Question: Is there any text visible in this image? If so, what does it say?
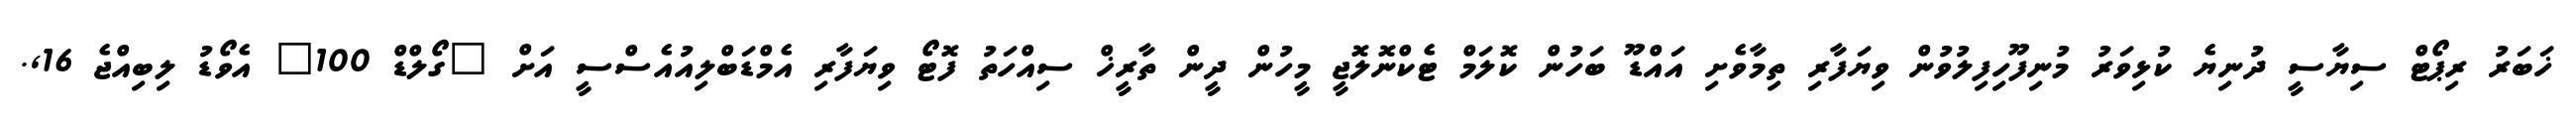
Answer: ޚަބަރު ރިޕޯޓް ސިޔާސީ ދުނިޔެ ކުޅިވަރު މުނިފޫހިފިލުވުން ވިޔަފާރި ތިމާވެށި އައްޑޫ ބަހުން ކޮލަމް ޓެކްނޮލޮޖީ މީހުން ދީން ތާރީޚް ސިއްހަތު ފޮޓޯ ވިޔަފާރި އެމްޑަބްލިއުއެސްސީ އަށް "ގޯލްޑް 100" އެވޯޑު ލިބިއްޖެ 16,.